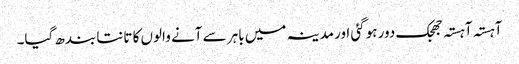
آہستہ آہستہ جھجک دور ہوگئی اور مدینہ میں باہر سے آنے والوں کا تانتا بندھ گیا۔